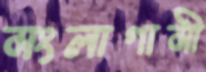
মংলাগামী